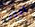
أكثر